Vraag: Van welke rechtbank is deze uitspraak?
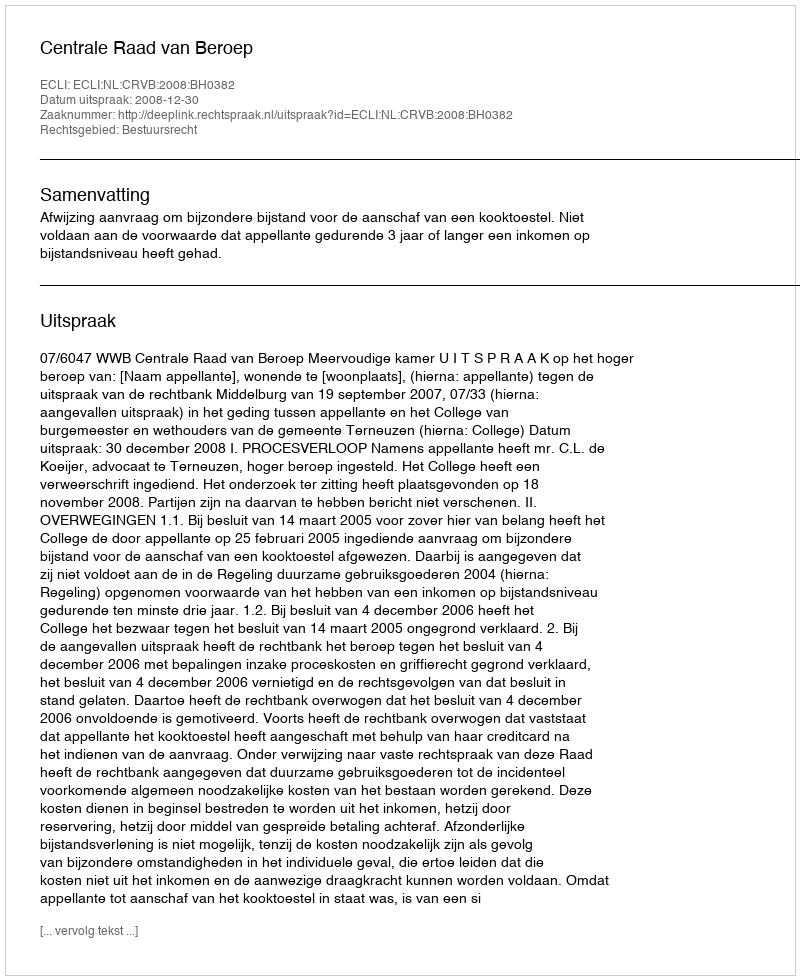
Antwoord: Centrale Raad van Beroep